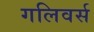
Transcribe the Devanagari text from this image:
गलिवर्स